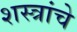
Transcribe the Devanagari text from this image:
शस्‍त्रांचे